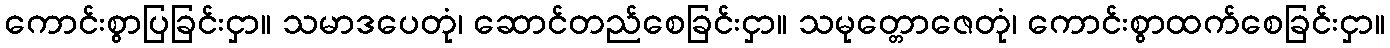
ကောင်းစွာပြခြင်းငှာ။ သမာဒပေတုံ၊ ဆောင်တည်စေခြင်းငှာ။ သမုတ္တောဇေတုံ၊ ကောင်းစွာထက်စေခြင်းငှာ။